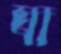
ঘা